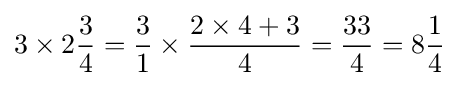
3\times 2{\frac {3}{4}}={\frac {3}{1}}\times {\frac {2\times 4+3}{4}}={\frac {33}{4}}=8{\frac {1}{4}}